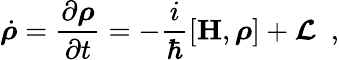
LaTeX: \dot{\boldsymbol{\rho}}=\frac{\partial\boldsymbol{\rho}}{\partial t}=-\frac{i}{\hbar}\left[\mathbf{H},\boldsymbol{\rho}\right]+\boldsymbol{\cal{L}}\, \, \, ,